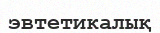
эвтетикалық